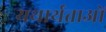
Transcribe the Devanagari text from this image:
यथार्थताओं